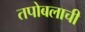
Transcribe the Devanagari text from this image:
तपोबलाची